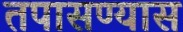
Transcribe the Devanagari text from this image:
तपासण्यास